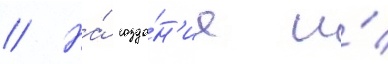
// На́ созда́н'ие и́